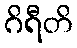
ဂိရီတိ